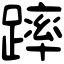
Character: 𨄮